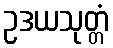
ဥဒယသုတ္တံ